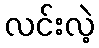
လင်းလဲ့